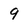
Character: 9